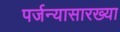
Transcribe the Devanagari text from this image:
पर्जन्यासारख्या